Madras plague regulations in force outside the Presidency town - Volume 6
Disease focus: Plague
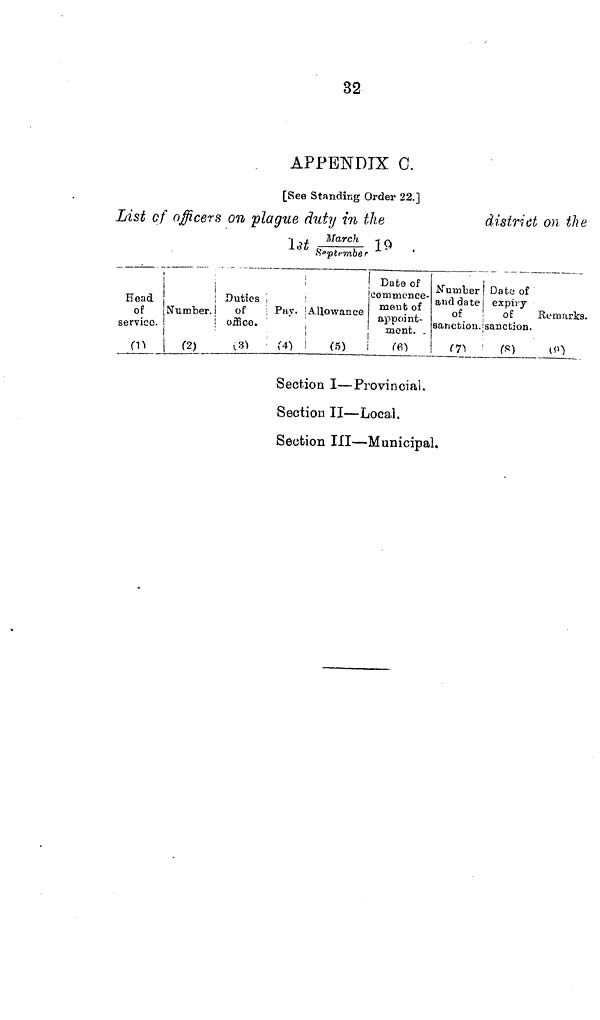
32
APPENDIX G.
[See Standing Order 22.]
List of officers on plague duty in the
district on the
1st March 16
September
Head
of
service.
Number.
Duties
of
office.
Allowance
Date of
commence-
ment of
appoint-
ment..
Dato of
expiry
of
sanction.
Remarks.
Section I—Provincial.
Section II—Local.
Section III—Municipal.